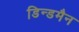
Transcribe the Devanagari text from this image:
डिन्डमैन